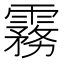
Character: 霧